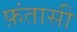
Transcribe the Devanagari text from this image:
फ़ंतासी